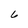
Character: 6